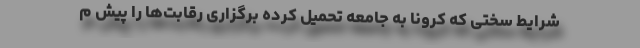
شرایط سختی که کرونا به جامعه تحمیل کرده برگزاری رقابت‌ها را پیش م